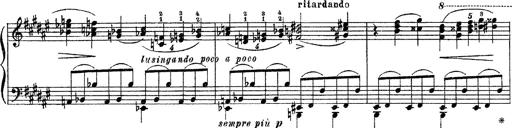
Title: Apparitions
Composer: Franz Liszt